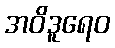
အဝိဒူရေဝ